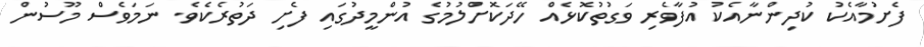
ފެށުމާއެކު ކުދިންނާއެކު އުފާވެރި ވަގުތުކޮޅެއް ހޭދަކޮށްލުމުގެ އުންމީދުގައި ފެށި ދަތުރެކެވެ. ނަމަވެސް މޫސުން